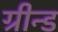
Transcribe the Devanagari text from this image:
ग्रीन्ड